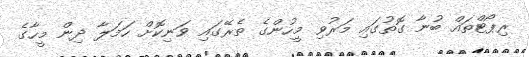
ރިޕޯޓްތައް ބުނާ ގޮތުގައި މަރުވި މީހުންގެ ތެރޭގައި ވަނިކޮށް ހަމަލާ ދިން މީހާގެ